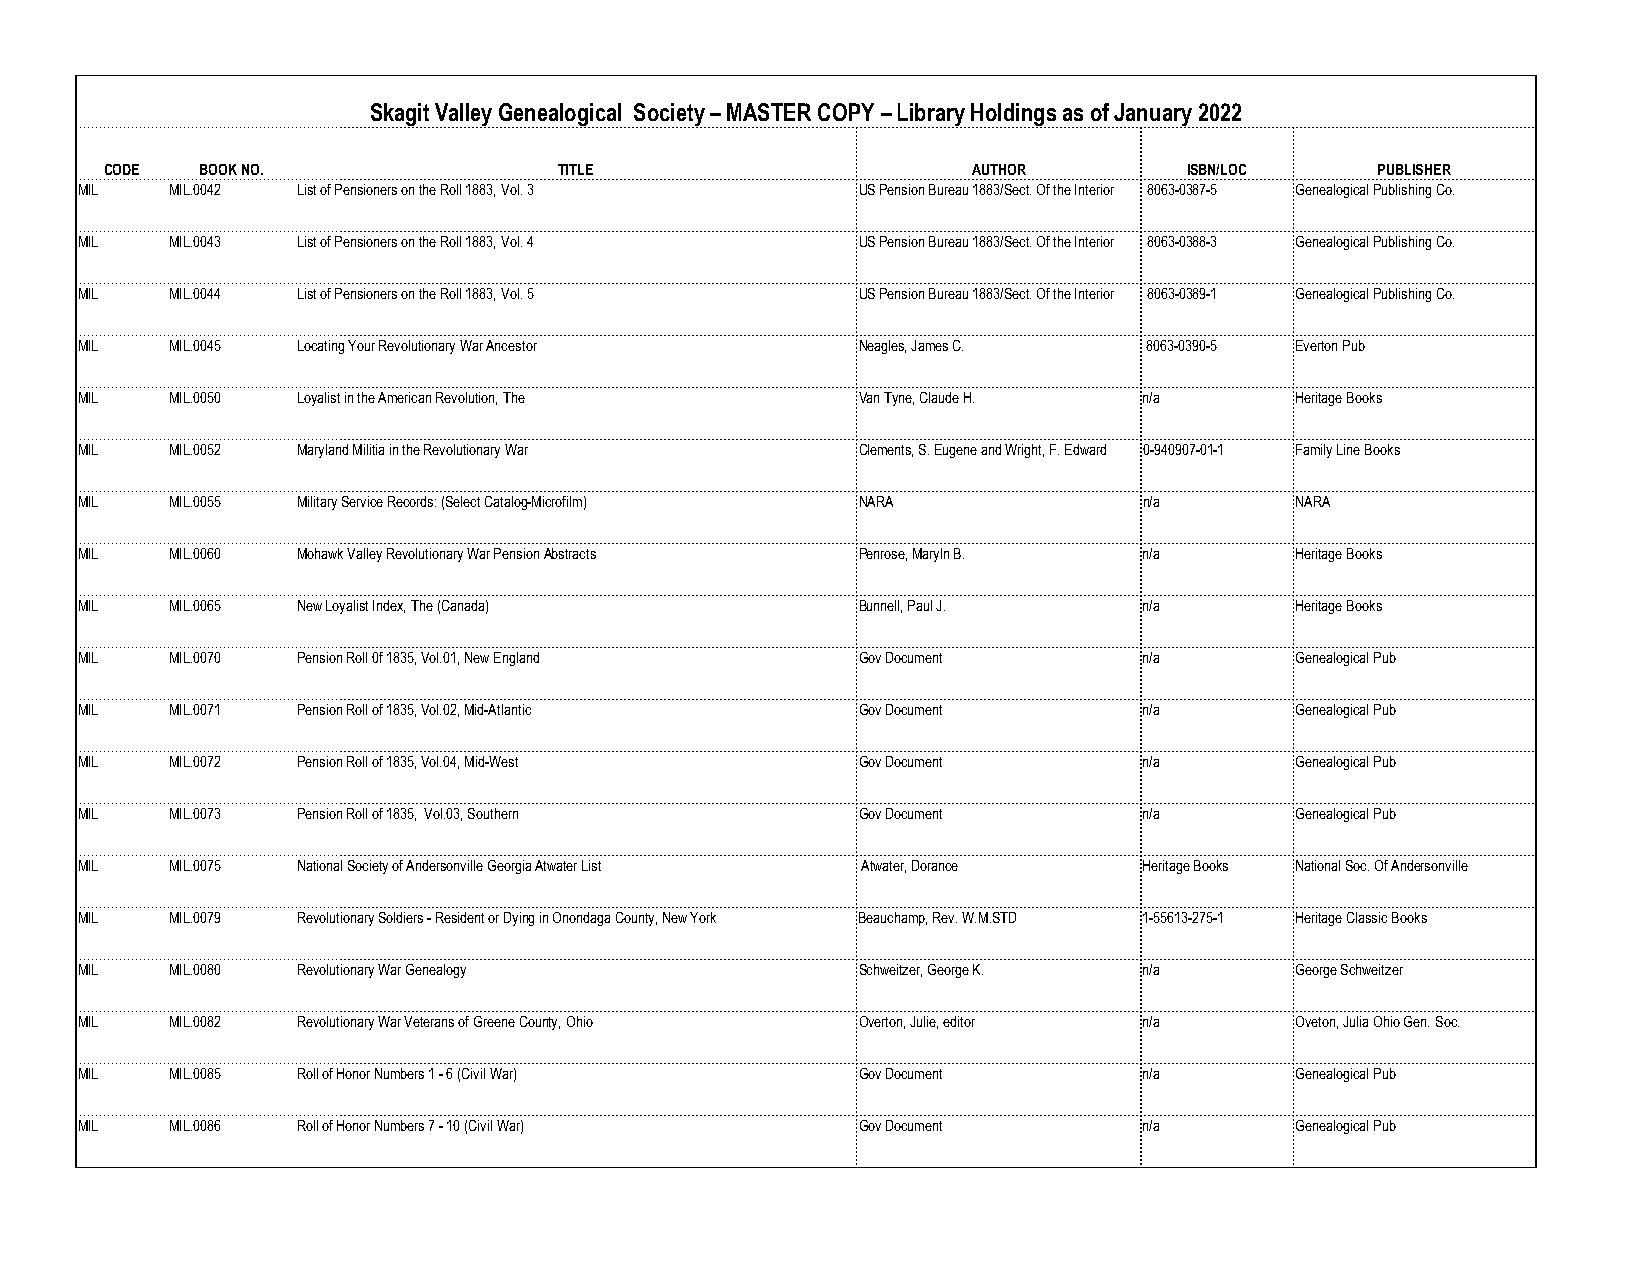
Skagit Valley Genealogical Society – MASTER COPY – Library Holdings as of January 2022
 CODE  BOOK NO.                TITLE                      AUTHOR         ISBN/LOC    PUBLISHER
 MIL   MIL.0042 List of Pensioners on the Roll 1883, Vol. 3 US Pension Bureau 1883/Sect. Of the Interior 8063-0387-5 Genealogical Publishing Co.
 MIL   MIL.0043 List of Pensioners on the Roll 1883, Vol. 4 US Pension Bureau 1883/Sect. Of the Interior 8063-0388-3 Genealogical Publishing Co.
 MIL   MIL.0044 List of Pensioners on the Roll 1883, Vol. 5 US Pension Bureau 1883/Sect. Of the Interior 8063-0389-1 Genealogical Publishing Co.
 MIL   MIL.0045 Locating Your Revolutionary War Ancestor Neagles, James C. 8063-0390-5 Everton Pub
 MIL   MIL.0050 Loyalist in the American Revolution, The Van Tyne, Claude H. n/a  Heritage Books
 MIL   MIL.0052 Maryland Militia in the Revolutionary War Clements, S. Eugene and Wright, F. Edward 0-940907-01-1 Family Line Books
 MIL   MIL.0055 Military Service Records: (Select Catalog-Microfilm) NARA n/a     NARA
 MIL   MIL.0060 Mohawk Valley Revolutionary War Pension Abstracts Penrose, Maryln B. n/a Heritage Books
 MIL   MIL.0065 New Loyalist Index, The (Canada)     Bunnell, Paul J.   n/a       Heritage Books
 MIL   MIL.0070 Pension Roll 0f 1835, Vol.01, New England Gov Document  n/a       Genealogical Pub
 MIL   MIL.0071 Pension Roll of 1835, Vol.02, Mid-Atlantic Gov Document n/a       Genealogical Pub
 MIL   MIL.0072 Pension Roll of 1835, Vol.04, Mid-West Gov Document     n/a       Genealogical Pub
 MIL   MIL.0073 Pension Roll of 1835, Vol.03, Southern Gov Document     n/a       Genealogical Pub
 MIL   MIL.0075 National Society of Andersonville Georgia Atwater List Atwater, Dorance Heritage Books National Soc. Of Andersonville
 MIL   MIL.0079 Revolutionary Soldiers - Resident or Dying in Onondaga County, New York Beauchamp, Rev. W.M.STD 1-55613-275-1 Heritage Classic Books
 MIL   MIL.0080 Revolutionary War Genealogy          Schweitzer, George K. n/a    George Schweitzer
 MIL   MIL.0082 Revolutionary War Veterans of Greene County, Ohio Overton, Julie, editor n/a Oveton, Julia Ohio Gen. Soc.
 MIL   MIL.0085 Roll of Honor Numbers 1 - 6 (Civil War) Gov Document    n/a       Genealogical Pub
 MIL   MIL.0086 Roll of Honor Numbers 7 - 10 (Civil War) Gov Document   n/a       Genealogical Pub